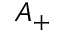
A _ { + }